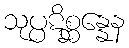
သုပ္ပဋိစ္ဆန္နေန